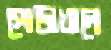
গোড়াখালে